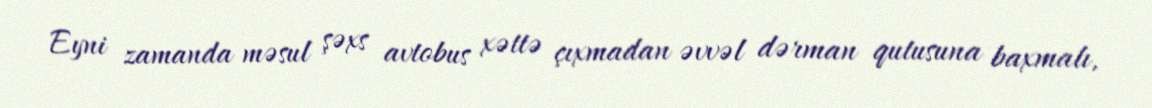
Eyni zamanda məsul şəxs avtobus xəttə çıxmadan əvvəl dərman qutusuna baxmalı,